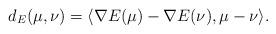
LaTeX: \begin{align*}d_E(\mu,\nu)=\langle \nabla E(\mu) - \nabla E(\nu), \mu-\nu \rangle. \end{align*}